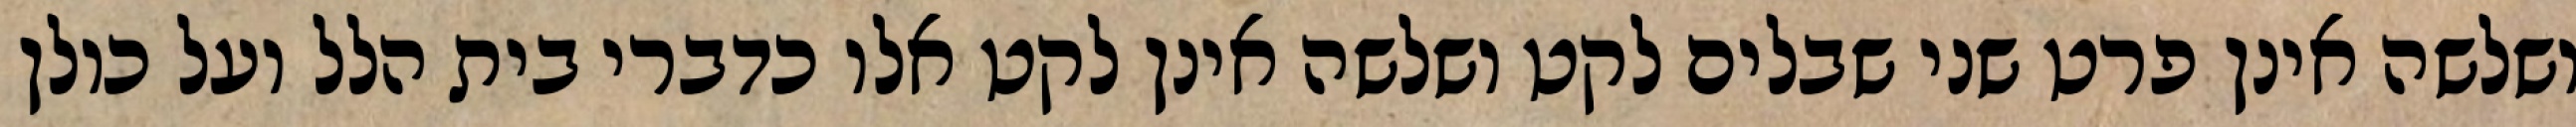
ושלשה אינן פרט שני שבלים לקט ושלשה אינן לקט אלו כדברי בית הלל ועל כולן